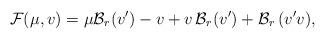
LaTeX: \begin{align*}{\cal F} (\mu, v) = \mu \mathcal{B}_r (v') - v + v \, \mathcal{B}_r (v') +\mathcal{B}_r \, (v' v) ,\end{align*}